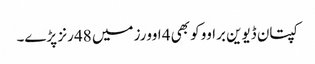
کپتان ڈیوین براوو کو بھی 4 اوورز میں 48 رنز پڑے۔